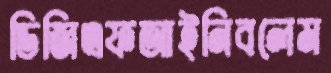
ডিজিএফআইনিবলেম